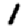
Digit: 1